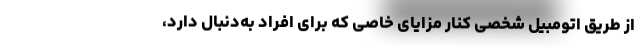
از طریق اتومبیل شخصی کنار مزایای خاصی که برای افراد به‌دنبال دارد،